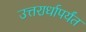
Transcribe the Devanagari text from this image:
उत्तरार्धापर्यंत